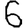
Digit: 6